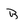
Character: b